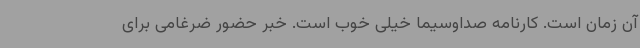
آن زمان است. کارنامه صداوسیما خیلی خوب است. خبر حضور ضرغامی برای